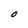
Character: O